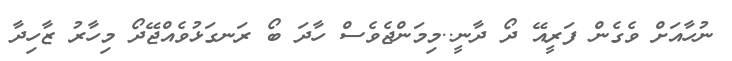
ނުހާއަށް ވެގެން ފަރީއޭ ދޯ ދާނީ..މިމަންޖެވެސް ހާދަ ބޯ ރަނގަޅުވެއްޖޭދޯ މިހާރު ޒާހިދާ